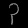
Digit: ၃